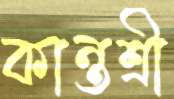
কান্তশ্রী